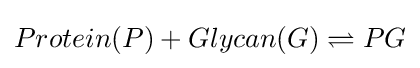
Protein(P)+Glycan(G)\rightleftharpoons PG